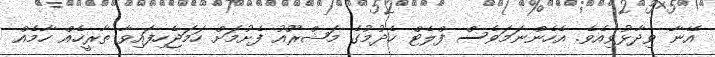
އޭނާ ވިދާޅުވިއެވެ. އެހެންނަމަވެސް ފްލެޓް ހެދުމުގެ މަޝްރޫއު ފެށުމަށް ހަމަޖެހިފައިވާ ތާރީހެއް ހާމެއް